Medical and sanitary report of the native army of Madras for the year
Year: 1876
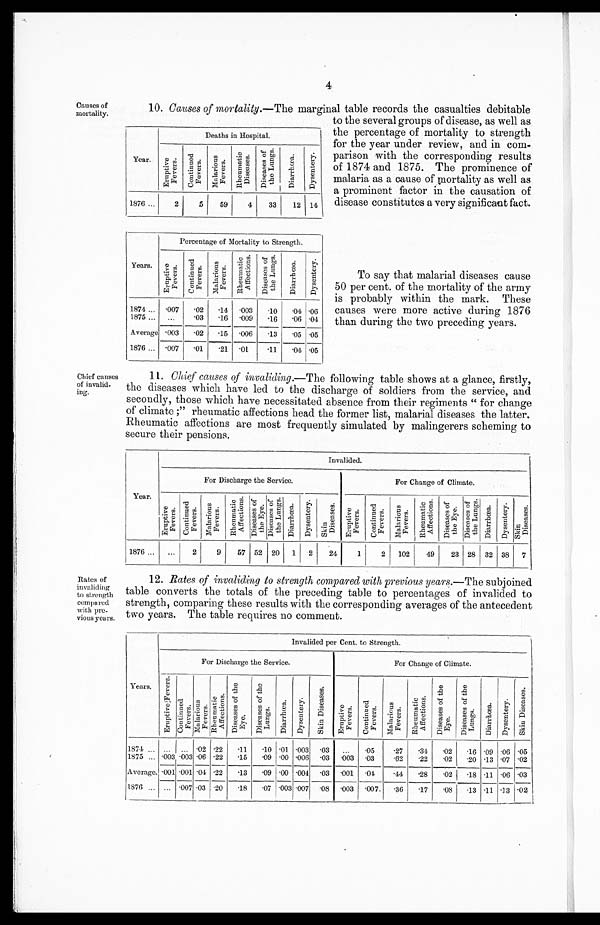
Causes of
mortality.
4
10. Causes of mortality. —The marginal table records the casualties debitable
to the several groups of disease, as well as
the percentage of mortality to strength
for the year under review, and in com-
parison with the corresponding results
of 1874 and 1875. The prominence of
malaria as a cause of mortality as well as
a prominent factor in the causation of
disease constitutes a very significant fact.
Y e a r .
Deaths in Hospital.
E r u p t i v e F e v e r s .
C o n t i n u e d F e v e r s .
M a l a r i o u s F e v e r s .
R h e u m a t i c D i s e a s e s
D i s e a s e s o f t h e L u n g s .
D i a r r h œ a .
D y s e n t e r y .
1876
2
5
59
4
33
12 14
Years.
Percentage of Mortality to Strength.
E r u p t i v e F e v e r s .
C o n t i n u e d F e v e r s .
M a l a r i o u s F e v e r s .
R h e u m a t i c A f f e c t i o n s .
D i s e a s e s o f t h e L u n g s .
D i a r r h œ a . Dy s e n t e r y .
1874
.007 .02 .14
.003 .10
. 0 4 .06
1875
...
.03 .16
.009 .16
. 0 6 .04
Average .003 .02 .15
.006 .13
. 0 5 .05
1876
.007 .01
.21
.01
.11
. 0 4 .05
To say that malarial diseases cause
50 per cent. of the mortality of the army
is probably within the mark. These
causes were more active during 1876
than during the two preceding years.
Chief causes
of invalid-
ing.
Rates of
invaliding
to strength
compared
with pre-
vious years.
11. Chief causes of invaliding. —The following table shows at a glance, firstly,
the diseases which have led to the discharge of soldiers from the service, and
secondly, those which have necessitated absence from their regiments "for change
of climate;" rheumatic affections head the former list, malarial diseases the latter.
Rheumatic affections are most frequently simulated by malingerers scheming to
secure their pensions.
Year.
Invalided.
For Discharge the Service.
For Change of Climate.
E r u p t i v e F e v e r s .
C o n t i n u e d F e v e r s .
M a l a r i o u s F e v e r s .
R h e u m a t i c A f f e c t i o n s . D i s e a s e s o f t h e E y e .
D i s e a s e s o f t h e L u n g s . D i a r r h œ a .
D y s e n t e r y .
S k i n D i s e a s e s .
E r u p t i v e F e v e r s .
C o n t i n u e d F e v e r s .
M a l a r i o u s F e v e r s .
R h e u m a t i c A f f e c t i o n s .
D i s e a s e s o f t h e E y e .
D i s e a s e s o f t h e L u n g s . D i a r r h œ a .
D y s e n t e r y .
S k i n D i s e a s e s .
1876
...
2
9
57 52 20 1 2
24
1
2 102
49
23 28 32 38 7
12. Rates of invaliding to strength compared with previous years. —The subjoined
table converts the totals of the preceding table to percentages of invalided to
strength, comparing these results with the corresponding averages of the antecedent
two years. The table requires no comment.
Years.
Invalided per Cent. to Strength.
For Discharge the Service.
For Change of Climate.
E r u p t i v e F e v e r s .
Co n t i n u e d F e v e r s .
M a l a r i o u s F e v e r s .
R h e u m a t i c A f f e c t i o n s .
D i s e a s e s o f t h e E y e .
D i s e a s e s o f t h e L u n g s .
Di a r r h œa . D y s e n t e r y .
S k i n D i s e a s e s .
E r u p t i v e F e v e r s .
C o n t i n u e d F e v e r s .
M a l a r i o u s F e v e r s .
R h e u m a t i c A f f e c t i o n s .
D i s e a s e s o f t h e E y e .
D i s e a s e s o f t h e L u n g s .
D i a r r h œ a .
D y s e n t e r y .
S k i n D i s e a s e s .
1874
. . .
... .02 .22
.11 .10 .01 .003
. 03
...
.05
.27 .34
.02 .16 .09
. 0 6 .05
1875
.003 .003 .06 .22
.15 .09 .00 .006
. 0 3
.003 .03
.62 .22 .02
.20 .13
. 0 7 .02
Average. .001 .001 .04
. 2 2 .13 .09 .00 .004
. 03 .001 .04
.44 .28
.02 .18 .11 .06 .03
1876
. . . .007 .03
. 2 0 .18 .07 .003 .007
. 0 8 .003 .007. .36 .17 .08 .13 .11 .13 .02